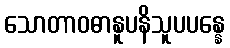
သောတာဝဓာနူပနိသူပပန္နေ